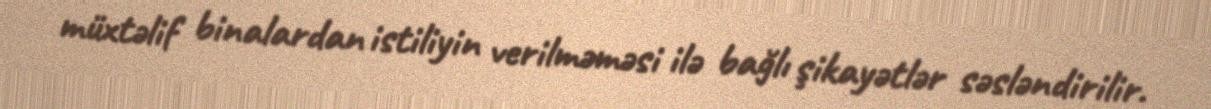
müxtəlif binalardan istiliyin verilməməsi ilə bağlı şikayətlər səsləndirilir.